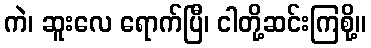
ကဲ၊ ဆူးလေ ရောက်ပြီ၊ ငါတို့ဆင်းကြစို့။